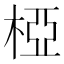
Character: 椏